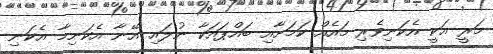
މަރީ އަކީ އެކަނިވެރި މައެއް ކަމަށާއި ބައްޕައަކާ ނުލައި އޭނާ އެކަނިމާ އެކަނި